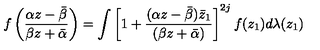
f \left( \frac { \alpha z - \bar { \beta } } { \beta z + \bar { \alpha } } \right) = \int \left[ 1 + \frac { ( \alpha z - \bar { \beta } ) \bar { z } _ { 1 } } { ( \beta z + \bar { \alpha } ) } \right] ^ { 2 j } f ( z _ { 1 } ) d \lambda ( z _ { 1 } )